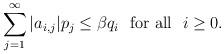
LaTeX: \begin{align*}\sum\limits_{j=1}^{\infty} |a_{i,j}|p_j\leq \beta q_i ~\mbox{ for all }~ i\geq 0.\end{align*}